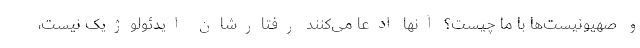
و صهیونیست‌ها با ما چیست؟ آنها ادعا می‌کنند رفتارشان ایدئولوژیک نیست،